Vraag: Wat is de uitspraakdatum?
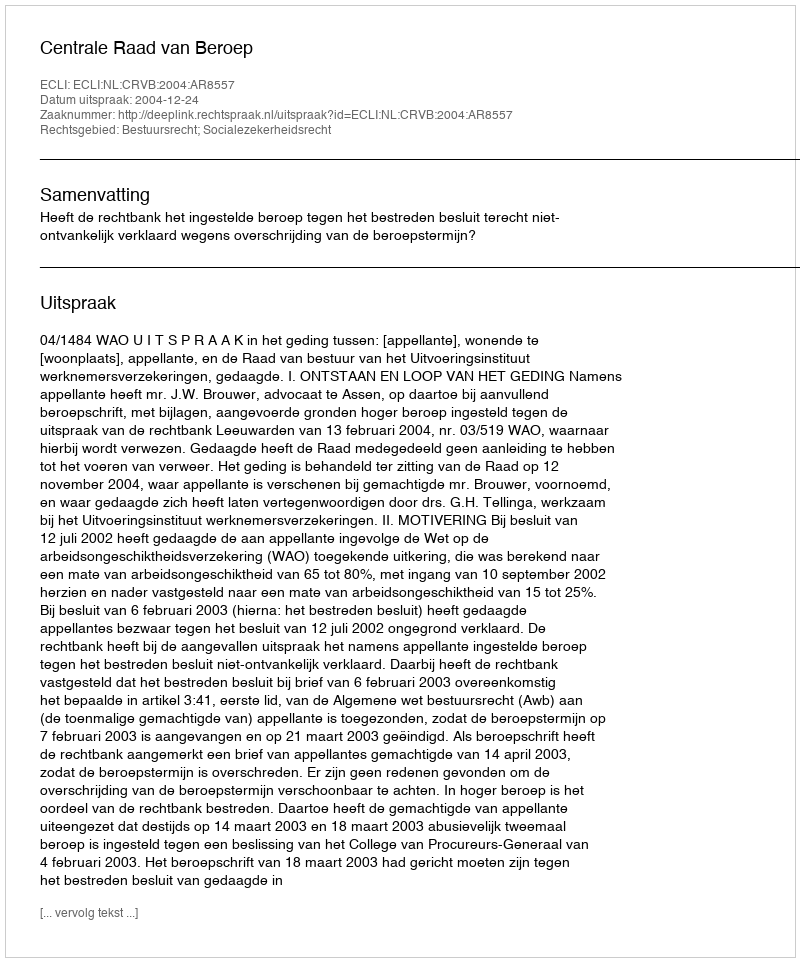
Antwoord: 2004-12-24